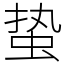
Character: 蛰